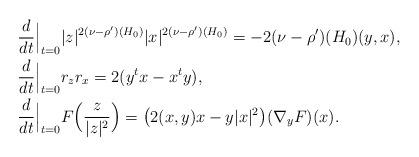
LaTeX: \begin{align*}&\frac{d}{dt}\Bigl|_{t=0} |z|^{2(\nu-\rho')(H_0)} |x|^{2(\nu-\rho')(H_0)}= - 2(\nu-\rho')(H_0) (y,x), \\&\frac{d}{dt}\Bigl|_{t=0} r_z r_x= 2 (y^t x - x^t y), \\&\frac{d}{dt}\Bigl|_{t=0} F\Bigl(\frac{z}{|z|^2}\Bigr)= \bigl(2 (x,y)x - y|x|^2\bigr) (\nabla_{y} F)(x).\end{align*}